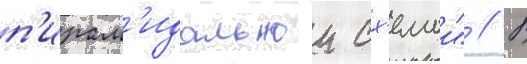
п'ирам'идальнои сх'емои" // В